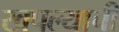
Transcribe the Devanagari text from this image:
खपल्याची